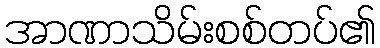
အာဏာသိမ်းစစ်တပ်၏